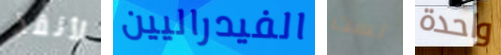
لأنقذ الفيدراليين لست واحدة